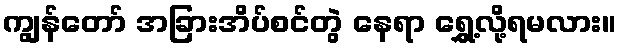
ကျွန်တော် အခြားအိပ်စင်တွဲ နေရာ ရွှေ့လို့ရမလား။